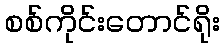
စစ်ကိုင်းတောင်ရိုး